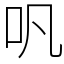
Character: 㕨